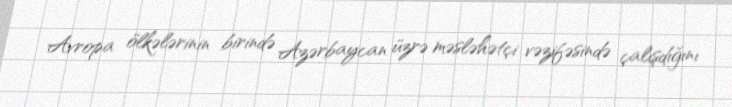
Avropa ölkələrinin birində Azərbaycan üzrə məsləhətçi vəzifəsində çalışdığını